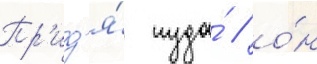
Пр'ид'я́ туда́ / о́н